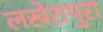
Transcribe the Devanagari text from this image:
लखेरापुरा